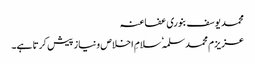
محمد یوسف بنوری عفاعنہ
عزیزم محمد سلمہٗ سلامِ اخلاص ونیاز پیش کرتا ہے۔